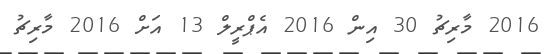
2016 މާރިޗު 30 އިން 2016 އެޕްރީލް 13 އަށް 2016 މާރިޗު